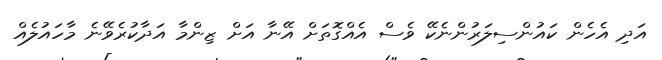
އަދި އެހެން ކައުންސިލަރުންނެކޭ ވެސް އެއްގޮތަށް އޭނާ އަށް ޒިންމާ އަދާކުރެވޭނެ މާހައުލެއް